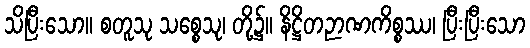
သိပြီးသော။ စတူသု သစ္စေသု၊ တို့၌။ နိဋ္ဌိတဉာဏကိစ္စဿ၊ ပြီးပြီးသော